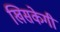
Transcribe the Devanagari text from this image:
खिसकेगी